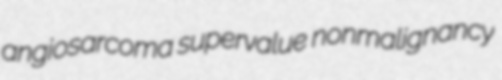
angiosarcoma supervalue nonmalignancy